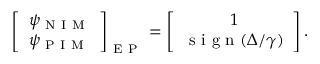
\left[ \begin{array} { c c } { \psi _ { \mathrm { ~ N ~ I ~ M ~ } } } \\ { \psi _ { \mathrm { ~ P ~ I ~ M ~ } } } \end{array} \right] _ { \mathrm { ~ E ~ P ~ } } = \left[ \begin{array} { c c } { 1 } \\ { \mathrm { ~ s ~ i ~ g ~ n ~ } ( \Delta / \gamma ) } \end{array} \right] .